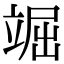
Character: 𥪊